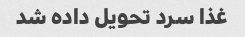
غذا سرد تحویل داده شد